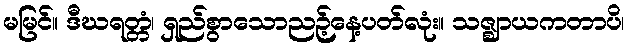
မမြင်။ ဒီဃရတ္တံ၊ ရှည်စွာသောညဉ့်နေ့ပတ်လုံး။ သဇ္ဈာယကတာပိ၊